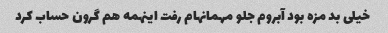
خیلی بد مزه بود آبروم جلو مهمانهام رفت اینهمه هم گرون حساب کرد